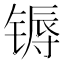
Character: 𬭦